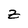
Character: Z